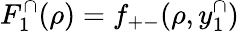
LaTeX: F_{1}^{\cap}(\rho)=f_{+-}(\rho,y_{1}^{\cap})